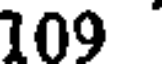
109